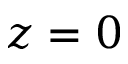
z = 0